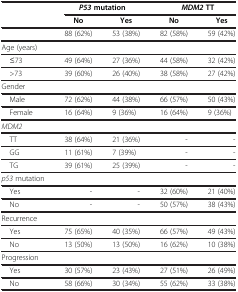
|  | <COLSPAN=2> P53 mutation | <COLSPAN=2> MDM2 TT |
 |  | No | Yes | No | Yes |
 | --- | --- | --- | --- | --- |
 |  | 88 (62%) | 53 (38%) | 82 (58%) | 59 (42%) |
 | Age (years) |  |  |  |  |
 | ≤73 | 49 (64%) | 27 (36%) | 44 (58%) | 32 (42%) |
 | >73 | 39 (60%) | 26 (40%) | 38 (58%) | 27 (42%) |
 | Gender |  |  |  |  |
 | Male | 72 (62%) | 44 (38%) | 66 (57%) | 50 (43%) |
 | Female | 16 (64%) | 9 (36%) | 16 (64%) | 9 (36%) |
 | MDM2 |  |  |  |  |
 | TT | 38 (64%) | 21 (36%) | - | - |
 | GG | 11 (61%) | 7 (39%) | - | - |
 | TG | 39 (61%) | 25 (39%) | - | - |
 | p53 mutation |  |  |  |  |
 | Yes | - | - | 32 (60%) | 21 (40%) |
 | No | - | - | 50 (57%) | 38 (43%) |
 | Recurrence |  |  |  |  |
 | Yes | 75 (65%) | 40 (35%) | 66 (57%) | 49 (43%) |
 | No | 13 (50%) | 13 (50%) | 16 (62%) | 10 (38%) |
 | Progression |  |  |  |  |
 | Yes | 30 (57%) | 23 (43%) | 27 (51%) | 26 (49%) |
 | No | 58 (66%) | 30 (34%) | 55 (62%) | 33 (38%) |